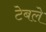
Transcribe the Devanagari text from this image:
टेबले